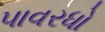
પાવરધો